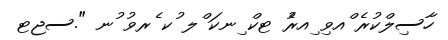
ހާސިލްކުރެ ްއވި ިއރުެ ޓކް ިނކަ ްލ ުކ ެރވު ުނ ".ސޖޓ